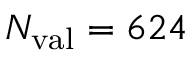
N _ { \mathrm { v a l } } = 6 2 4